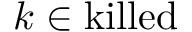
k \in \mathrm { k i l l e d }